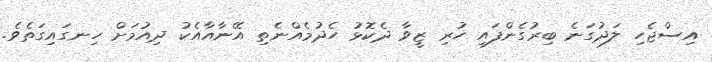
އިސްޖެހި ލަދުގަނެ ބިރުގެންފައި ހުރި ޒީވާ ދެކޮޅު ހެދުމެއްނެތި އޭނާއާއެކު ދިއުމަށް ހިނގައިގަތެވެ.